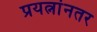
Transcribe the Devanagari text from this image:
प्रयत्नांनतर